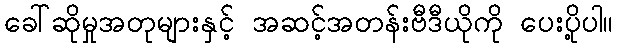
ခေါ်ဆိုမှုအတုများနှင့် အဆင့်အတန်းဗီဒီယိုကို ပေးပို့ပါ။